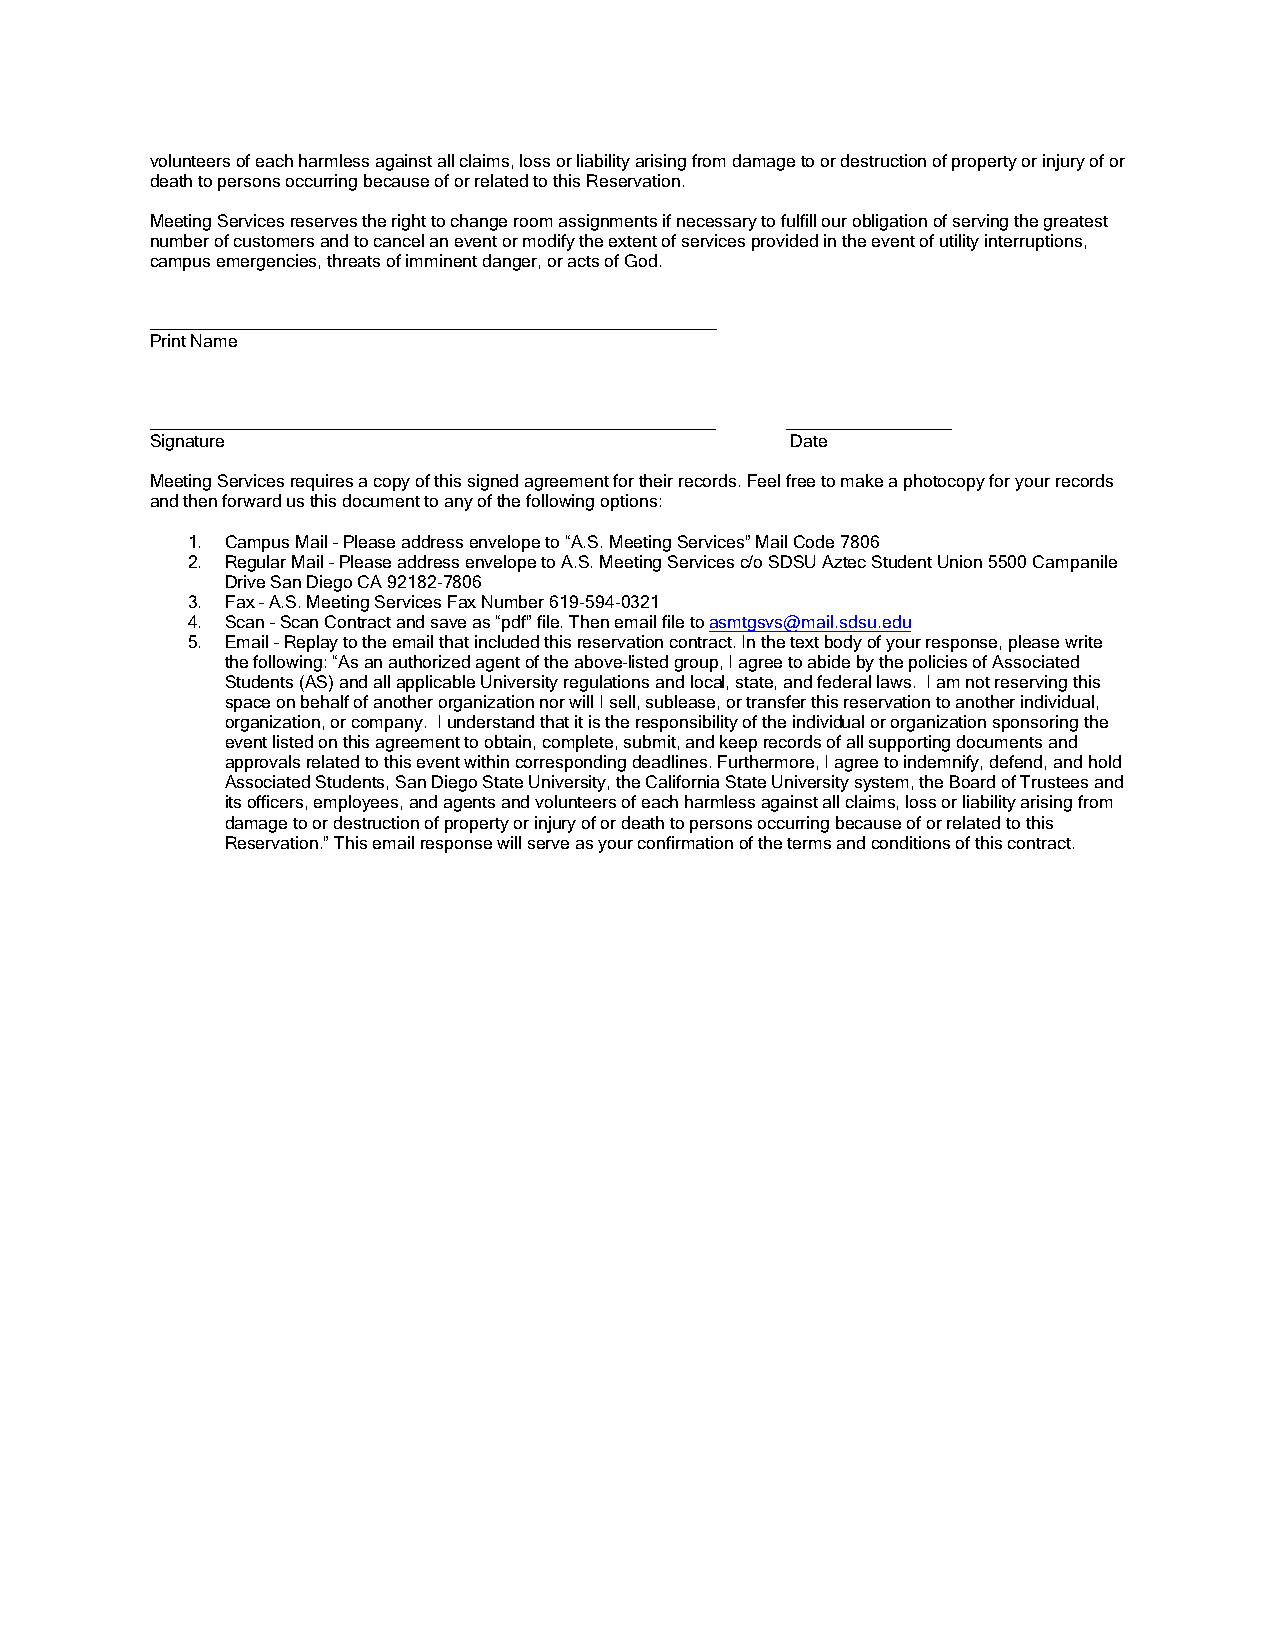
volunteers of each harmless against all claims, loss or liability arising from damage to or destruction of property or injury of or
 death to persons occurring because of or related to this Reservation.
 Meeting Services reserves the right to change room assignments if necessary to fulfill our obligation of serving the greatest
 number of customers and to cancel an event or modify the extent of services provided in the event of utility interruptions,
 campus emergencies, threats of imminent danger, or acts of God.
 __________________________________________________________
 Print Name
 __________________________________________________________ _________________
 Signature                                 Date
 Meeting Services requires a copy of this signed agreement for their records. Feel free to make a photocopy for your records
 and then forward us this document to any of the following options:
 1. Campus Mail – Please address envelope to “A.S. Meeting Services” Mail Code 7806
 2. Regular Mail – Please address envelope to A.S. Meeting Services c/o SDSU Aztec Student Union 5500 Campanile
 Drive San Diego CA 92182-7806
 3. Fax – A.S. Meeting Services Fax Number 619-594-0321
 4. Scan – Scan Contract and save as “pdf” file. Then email file to asmtgsvs@mail.sdsu.edu
 5. Email – Replay to the email that included this reservation contract. In the text body of your response, please write
 the following: “As an authorized agent of the above-listed group, I agree to abide by the policies of Associated
 Students (AS) and all applicable University regulations and local, state, and federal laws. I am not reserving this
 space on behalf of another organization nor will I sell, sublease, or transfer this reservation to another individual,
 organization, or company. I understand that it is the responsibility of the individual or organization sponsoring the
 event listed on this agreement to obtain, complete, submit, and keep records of all supporting documents and
 approvals related to this event within corresponding deadlines. Furthermore, I agree to indemnify, defend, and hold
 Associated Students, San Diego State University, the California State University system, the Board of Trustees and
 its officers, employees, and agents and volunteers of each harmless against all claims, loss or liability arising from
 damage to or destruction of property or injury of or death to persons occurring because of or related to this
 Reservation.” This email response will serve as your confirmation of the terms and conditions of this contract.